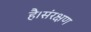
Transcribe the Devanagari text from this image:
है।संरक्षण